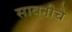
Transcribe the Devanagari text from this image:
सावनीचे